Sketch of the medical history of the native army of Bombay, for the year
Year: 1870
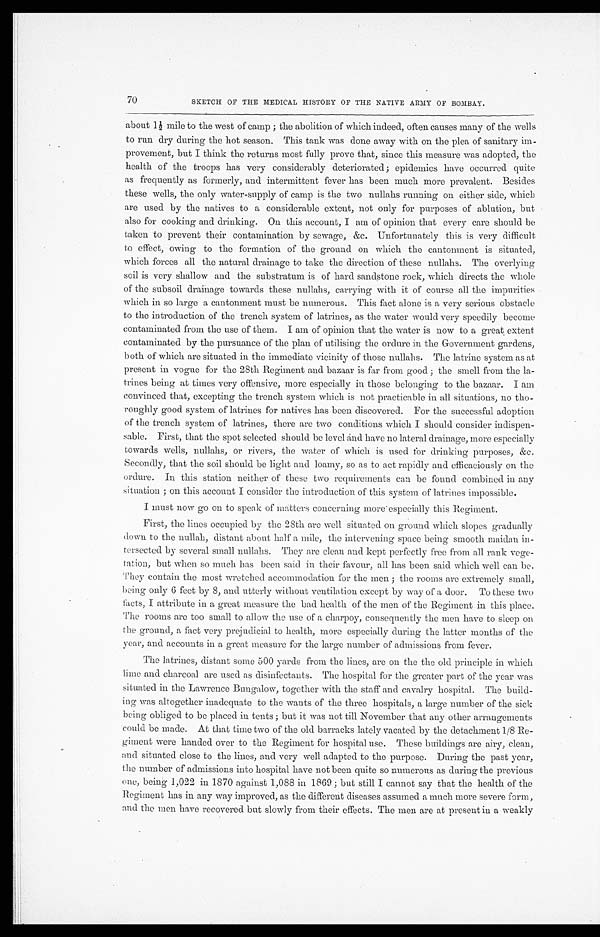
70
SKETCH OF THE MEDICAL HISTORY OF THE NATIVE ARMY OF BOMBAY.
a b o u t 1 ½ m i l e t o t h e w e s t o f c a m p ; t h e a b o l i t i o n o f w h i c h i n d e e d , o f t e n c a u s e s m a n y o f t h e w e l l s
to run dry during the hot season. This tank was done away with on the plea of sanitary im-
provement, but I think the returns most fully prove that, since this measure was adopted, the
health of the troops has very considerably deteriorated; epidemics have occurred quite
as frequently as formerly, and intermittent fever has been much more prevalent. Besides
these wells, the only water-supply of camp is the two nullahs running on either side, which
are used by the natives to a considerable extent, not only for purposes of ablution, but
also for cooking and drinking. On this account, I am of opinion that every care should be
taken to prevent their contamination by sewage, &c. Unfortunately this is very difficult
to effect, owing to the formation of the ground on which the cantonment is situated,
which forces all the natural drainage to take the direction of these nullahs. The overlying
soil is very shallow and the substratum is of hard sandstone rock, which directs the whole
of the subsoil drainage towards these nullahs, carrying with it of course all the impurities
which in so large a cantonment must be numerous. This fact alone is a very serious obstacle
to the introduction of the trench system of latrines, as the water would very speedily become
contaminated from the use of them. I am of opinion that the water is now to a great extent
contaminated by the pursuance of the plan of utilising the ordure in the Government gardens,
both of which are situated in the immediate vicinity of those nullahs. The latrine system as at
present in vogue for the 28th Regiment and bazaar is far from good ; the smell from the la
- t r i n e s b e i n g a t t i m e s v e r y o f f e n s i v e , m o r e e s p e c i a l l y i n t h o s e b e l o n g i n g t o t h e b a z a a r . I a m
convinced that, excepting the trench system which is not practicable in all situations, no tho
- r o u g h l y g o o d s y s t e m o f l a t r i n e s f o r n a t i v e s h a s b e e n d i s c o v e r e d . F o r t h e s u c c e s s f u l a d o p t i o n
of the trench system of latrines, there are two conditions which I should consider indispen
- s a b l e . F i r s t , t h a t t h e s p o t s e l e c t e d s h o u l d b e l e v e l a n d h a v e n o l a t e r a l d r a i n a g e , m o r e e s p e c i a l l y
towards wells, nullahs, or rivers, the water of which is used for drinking purposes, &c.
Secondly, that the soil should be light and loamy, so as to act rapidly and efficaciously on the
ordure. In this station neither of these two requirements can be found combined in any
situation ; on this account I consider the introduction of this system of latrines impossible.
I must now go on to speak of matters concerning more especially this Regiment.
First, the lines occupied by the 28th are well situated on ground which slopes gradually
down to the nullah, distant about half a mile, the intervening space being smooth maidan in
-tersected by several small nullahs. They are clean and kept perfectly free from all rank vege
- t a t i o n , b u t w h e n s o m u c h h a s b e e n s a i d i n t h e i r f a v o u r , a l l h a s b e e n s a i d w h i c h w e l l c a n b e .
They contain the most wretched accommodation for the men ; the rooms are extremely small,
being only 6 feet by 8, and utterly without ventilation except by way of a door. To these two
facts, I attribute in a great measure the bad health of the men of the Regiment in this place.
The rooms are too small to allow the use of a charpoy, consequently the men have to sleep on
the ground, a fact very prejudicial to health, more especially during the latter months of the
year, and accounts in a great measure for the large number of admissions from fever.
The latrines, distant some 500 yards from the lines, are on the the old principle in which
lime and charcoal are used as disinfectants. The hospital for the greater part of the year was
situated in the Lawrence Bungalow, together with the staff and cavalry hospital. The build
- i n g w a s a l t o g e t h e r i n a d e q u a t e t o t h e w a n t s o f t h e t h r e e h o s p i t a l s , a l a r g e n u m b e r o f t h e s i c k
being obliged to be placed in tents ; but it was not till November that any other arrangements
could be made. At that time two of the old barracks lately vacated by the detachment 1/8 Re
- g i m e n t w e r e h a n d e d o v e r t o t h e R e g i m e n t f o r h o s p i t a l u s e . T h e s e b u i l d i n g s a r e a i r y , c l e a n ,
and situated close to the lines, and very well adapted to the purpose. During the past year,
the number of admissions into hospital have not been quite so numerous as during the previous
one, being 1,022 in 1870 against 1,088 in 1869 ; but still I cannot say that the health of the
Regiment has in any way improved, as the different diseases assumed a much more severe form,
and the men have recovered but slowly from their effects. The men are at present in a weakly